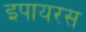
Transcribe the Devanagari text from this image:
इपायरस